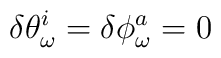
\delta\theta_\omega^i =\delta\phi_\omega^a =0